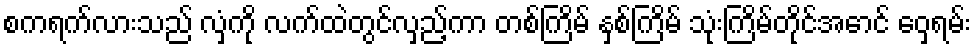
စကရက်လားသည် လှံကို လက်ထဲတွင်လှည့်ကာ တစ်ကြိမ် နှစ်ကြိမ် သုံးကြိမ်တိုင်အောင် ဝှေ့ရမ်း